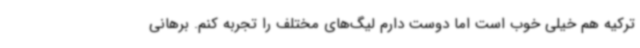
ترکیه هم خیلی خوب است اما دوست دارم لیگ‌های مختلف را تجربه کنم. برهانی